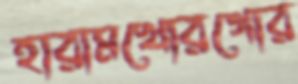
হারামখোরগোর